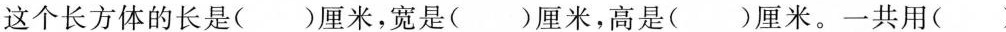
这个长方体的长是( )厘米，宽是( )厘米，高是( )厘米。一共用( )